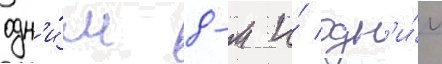
одн'и́м 8-м и́ одн'и́м